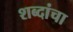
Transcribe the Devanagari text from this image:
शब्‍दांचा